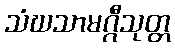
သံဃသာမဂ္ဂီသုတ္တ